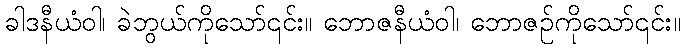
ခါဒနီယံဝါ၊ ခဲဘွယ်ကိုသော်၎င်း။ ဘောဇနီယံဝါ၊ ဘောဇဉ်ကိုသော်၎င်း။